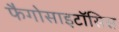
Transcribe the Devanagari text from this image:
फैगोसाइटॉसिस